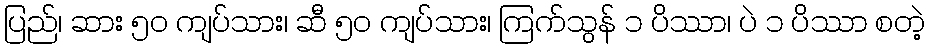
ပြည်၊ ဆား ၅၀ ကျပ်သား၊ ဆီ ၅၀ ကျပ်သား၊ ကြက်သွန် ၁ ပိဿာ၊ ပဲ ၁ ပိဿာ စတဲ့